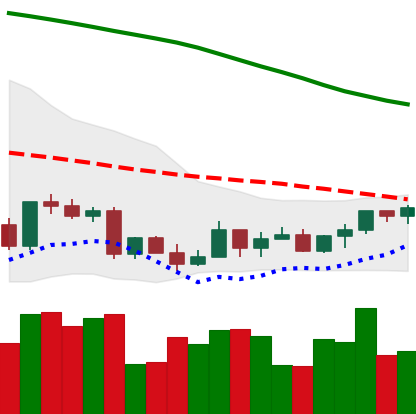
Ticker: LTC-USD
Chart end date: 2022-03-18
Forward return: 9.24%
Label: up_7plus